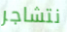
نتشاجر